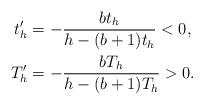
LaTeX: \begin{align*}t_h' & = -\frac{bt_h}{h - (b + 1)t_h} < 0, \\T_h' & = -\frac{bT_h}{h - (b + 1)T_h} > 0.\end{align*}